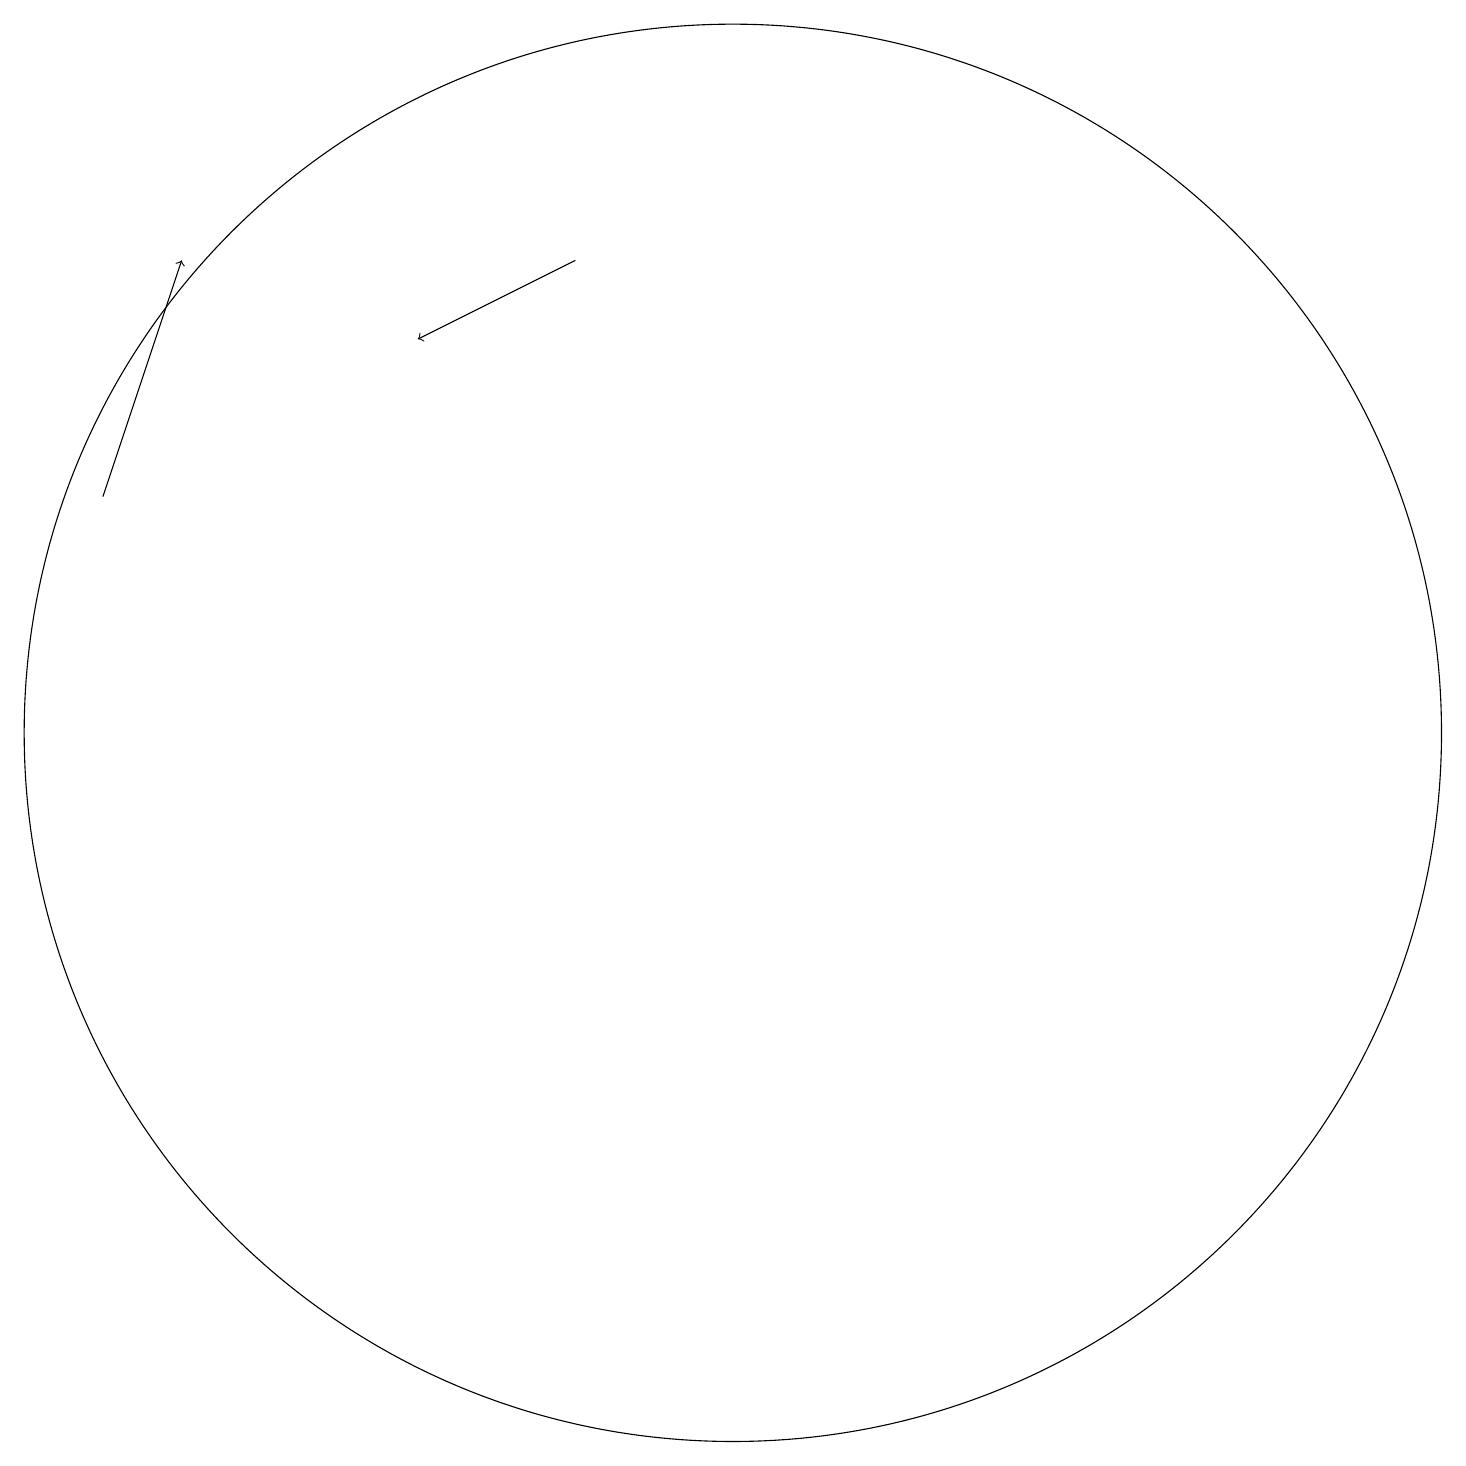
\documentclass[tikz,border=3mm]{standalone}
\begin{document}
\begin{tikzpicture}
\draw (10,11) circle (0);
\draw (11,11) circle (9);
\draw[->] (9,17) -- (7,16);
\draw[->] (3,14) -- (4,17);
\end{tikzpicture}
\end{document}